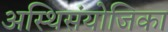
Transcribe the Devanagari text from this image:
अस्थिसंयोजिका